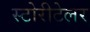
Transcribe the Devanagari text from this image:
स्टोरीटेलर